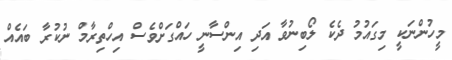
މީހުންނަކީ މިގައުމު ދެކެ ލޯބިނުވާ އަދި އިންސާނީ ހައްގަށްވެސް އިހްތިރާމް ނުކުރާ ބައެއް